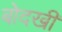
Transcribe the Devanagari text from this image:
बोदखी